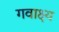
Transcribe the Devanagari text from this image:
गवाक्ष्य